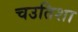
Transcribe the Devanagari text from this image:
चउतिशा